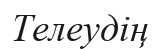
Телеудің